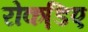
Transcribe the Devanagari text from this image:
रोकडि़ए